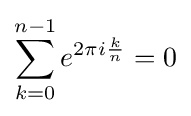
\sum _{k=0}^{n-1}e^{2\pi i{\frac {k}{n}}}=0